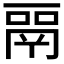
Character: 𬴳